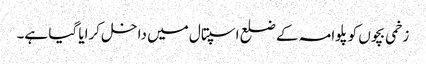
زخمی بچوں کو پلوامہ کے ضلع اسپتال میں داخل کرایا گیا ہے۔